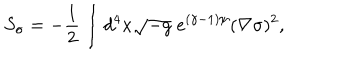
LaTeX: S _ { \sigma } = - \frac { 1 } { 2 } \int d ^ { 4 } x \sqrt { - g } \; e ^ { ( \gamma - 1 ) \psi } ( \nabla \sigma ) ^ { 2 } ,